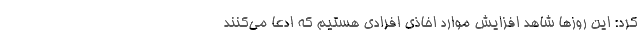
کرد: این روزها شاهد افزایش موارد اخاذی افرادی هستیم که ادعا می‌کنند